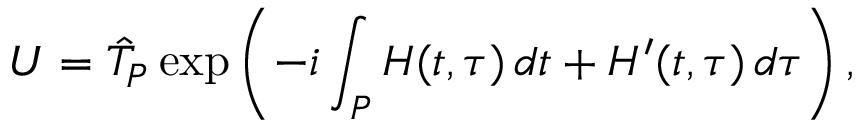
U = \hat { \cal T } _ { \cal P } \exp \left( - i \int _ { \cal P } H ( t , \tau ) \, d t + H ^ { \prime } ( t , \tau ) \, d \tau \right) ,